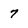
Character: 7